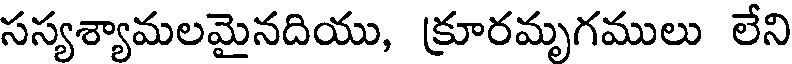
సస్యశ్యామలమైనదియు, క్రూరమృగములు లేని